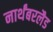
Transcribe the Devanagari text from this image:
नार्थंबरलैड